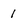
Character: I